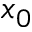
x _ { 0 }